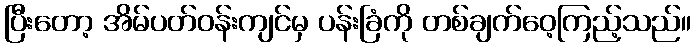
ပြီးတော့ အိမ်ပတ်ဝန်းကျင်မှ ပန်းခြံကို တစ်ချက်ဝေ့ကြည့်သည်။